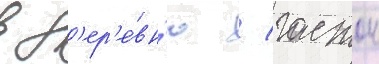
в д'ер'е́вн'ю / гастон